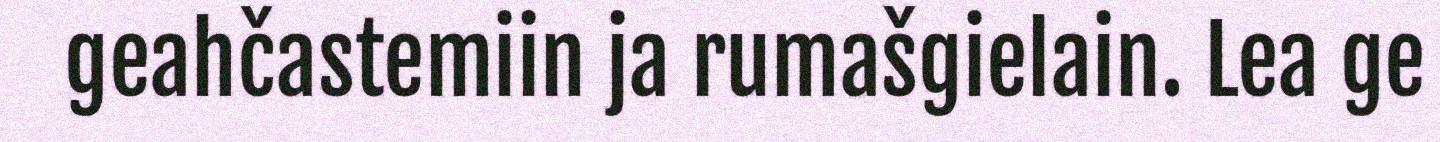
geahčastemiin ja rumašgielain. Lea ge